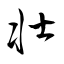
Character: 壮